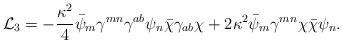
LaTeX: \begin{align*}{\cal L}_3 = - \frac{\kappa^2}{4}\bar{\psi}_m\gamma^{mn}\gamma^{ab}\psi_n\bar{\chi}\gamma_{ab}\chi + 2\kappa^2\bar{\psi}_m\gamma^{mn}\chi\bar{\chi}\psi_n.\end{align*}